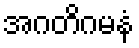
အဂတိဂမနံ